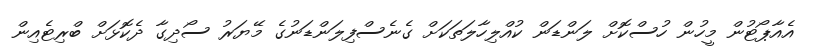
އެއާޕޯޓުން މީހުން ހުސްކޮށް ލަންޑަން ކުއްލިހާލަތަކަށް ގެނެސްފިލަންޑަނުގެ މޭޔަރު ސޯދިގާ ދެކޮޅަށް ބްރިޓެއިން